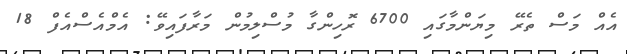
އެއް މަސް ތެރޭ މިޔަންމާގައި 6700 ރޮހިންގާ މުސްލިމުން މަރާފައިވޭ: އެމްއެސްއެފް 18